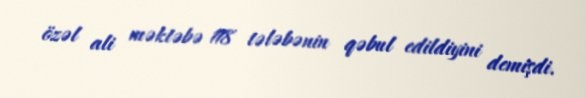
özəl ali məktəbə 118 tələbənin qəbul edildiyini demişdi.